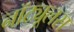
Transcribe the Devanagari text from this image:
नॉट्यूलस